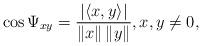
LaTeX: \begin{align*}\cos \Psi _{xy}=\frac{\left\vert \left\langle x,y\right\rangle \right\vert }{\left\Vert x\right\Vert \left\Vert y\right\Vert },x,y\neq 0,\end{align*}